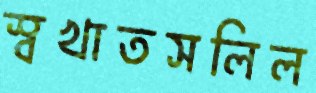
স্বখাতসলিল